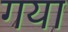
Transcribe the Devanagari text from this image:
गया